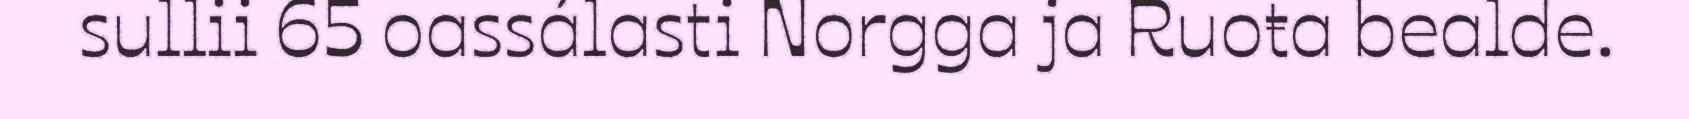
sullii 65 oassálasti Norgga ja Ruoŧa bealde.